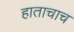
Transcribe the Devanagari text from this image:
हाताचाच